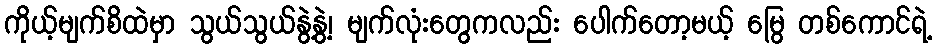
ကိုယ့်မျက်စိထဲမှာ သွယ်သွယ်နွဲ့နွဲ့၊ မျက်လုံးတွေကလည်း ပေါက်တော့မယ့် မြွေ တစ်ကောင်ရဲ့